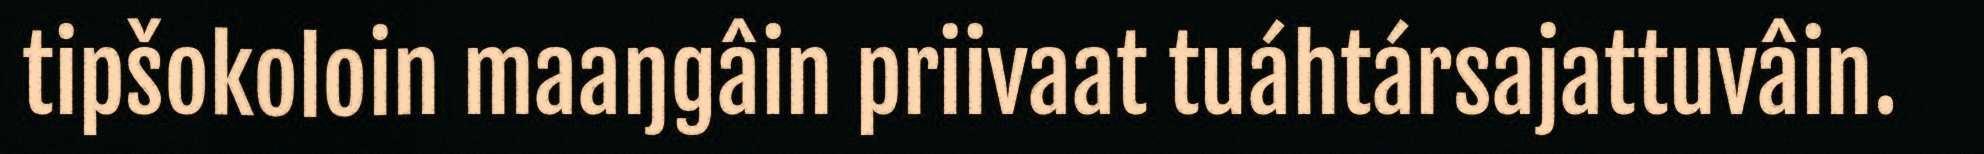
tipšokoloin maaŋgâin priivaat tuáhtársajattuvâin.